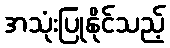
အသုံးပြုနိုင်သည့်